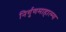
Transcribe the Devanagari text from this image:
निर्गुणमाहात्म्य